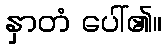
နှာတံ ပေါ်၏။